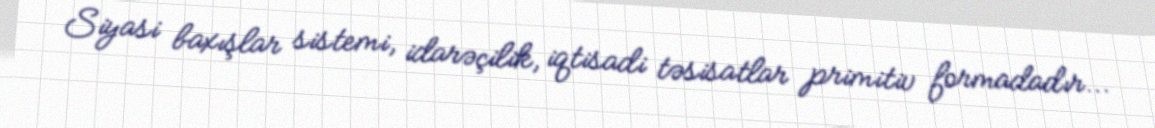
Siyasi baxışlar sistemi, idarəçilik, iqtisadi təsisatlar primitiv formadadır...